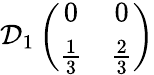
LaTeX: \mathcal{D}_{1}\left(\begin{array}{cc}{{0}}&{{0}}\\ {{\frac{1}{3}}}&{{\frac{2}{3}}}\end{array}\right)